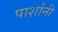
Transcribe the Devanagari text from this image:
पार्शांनी